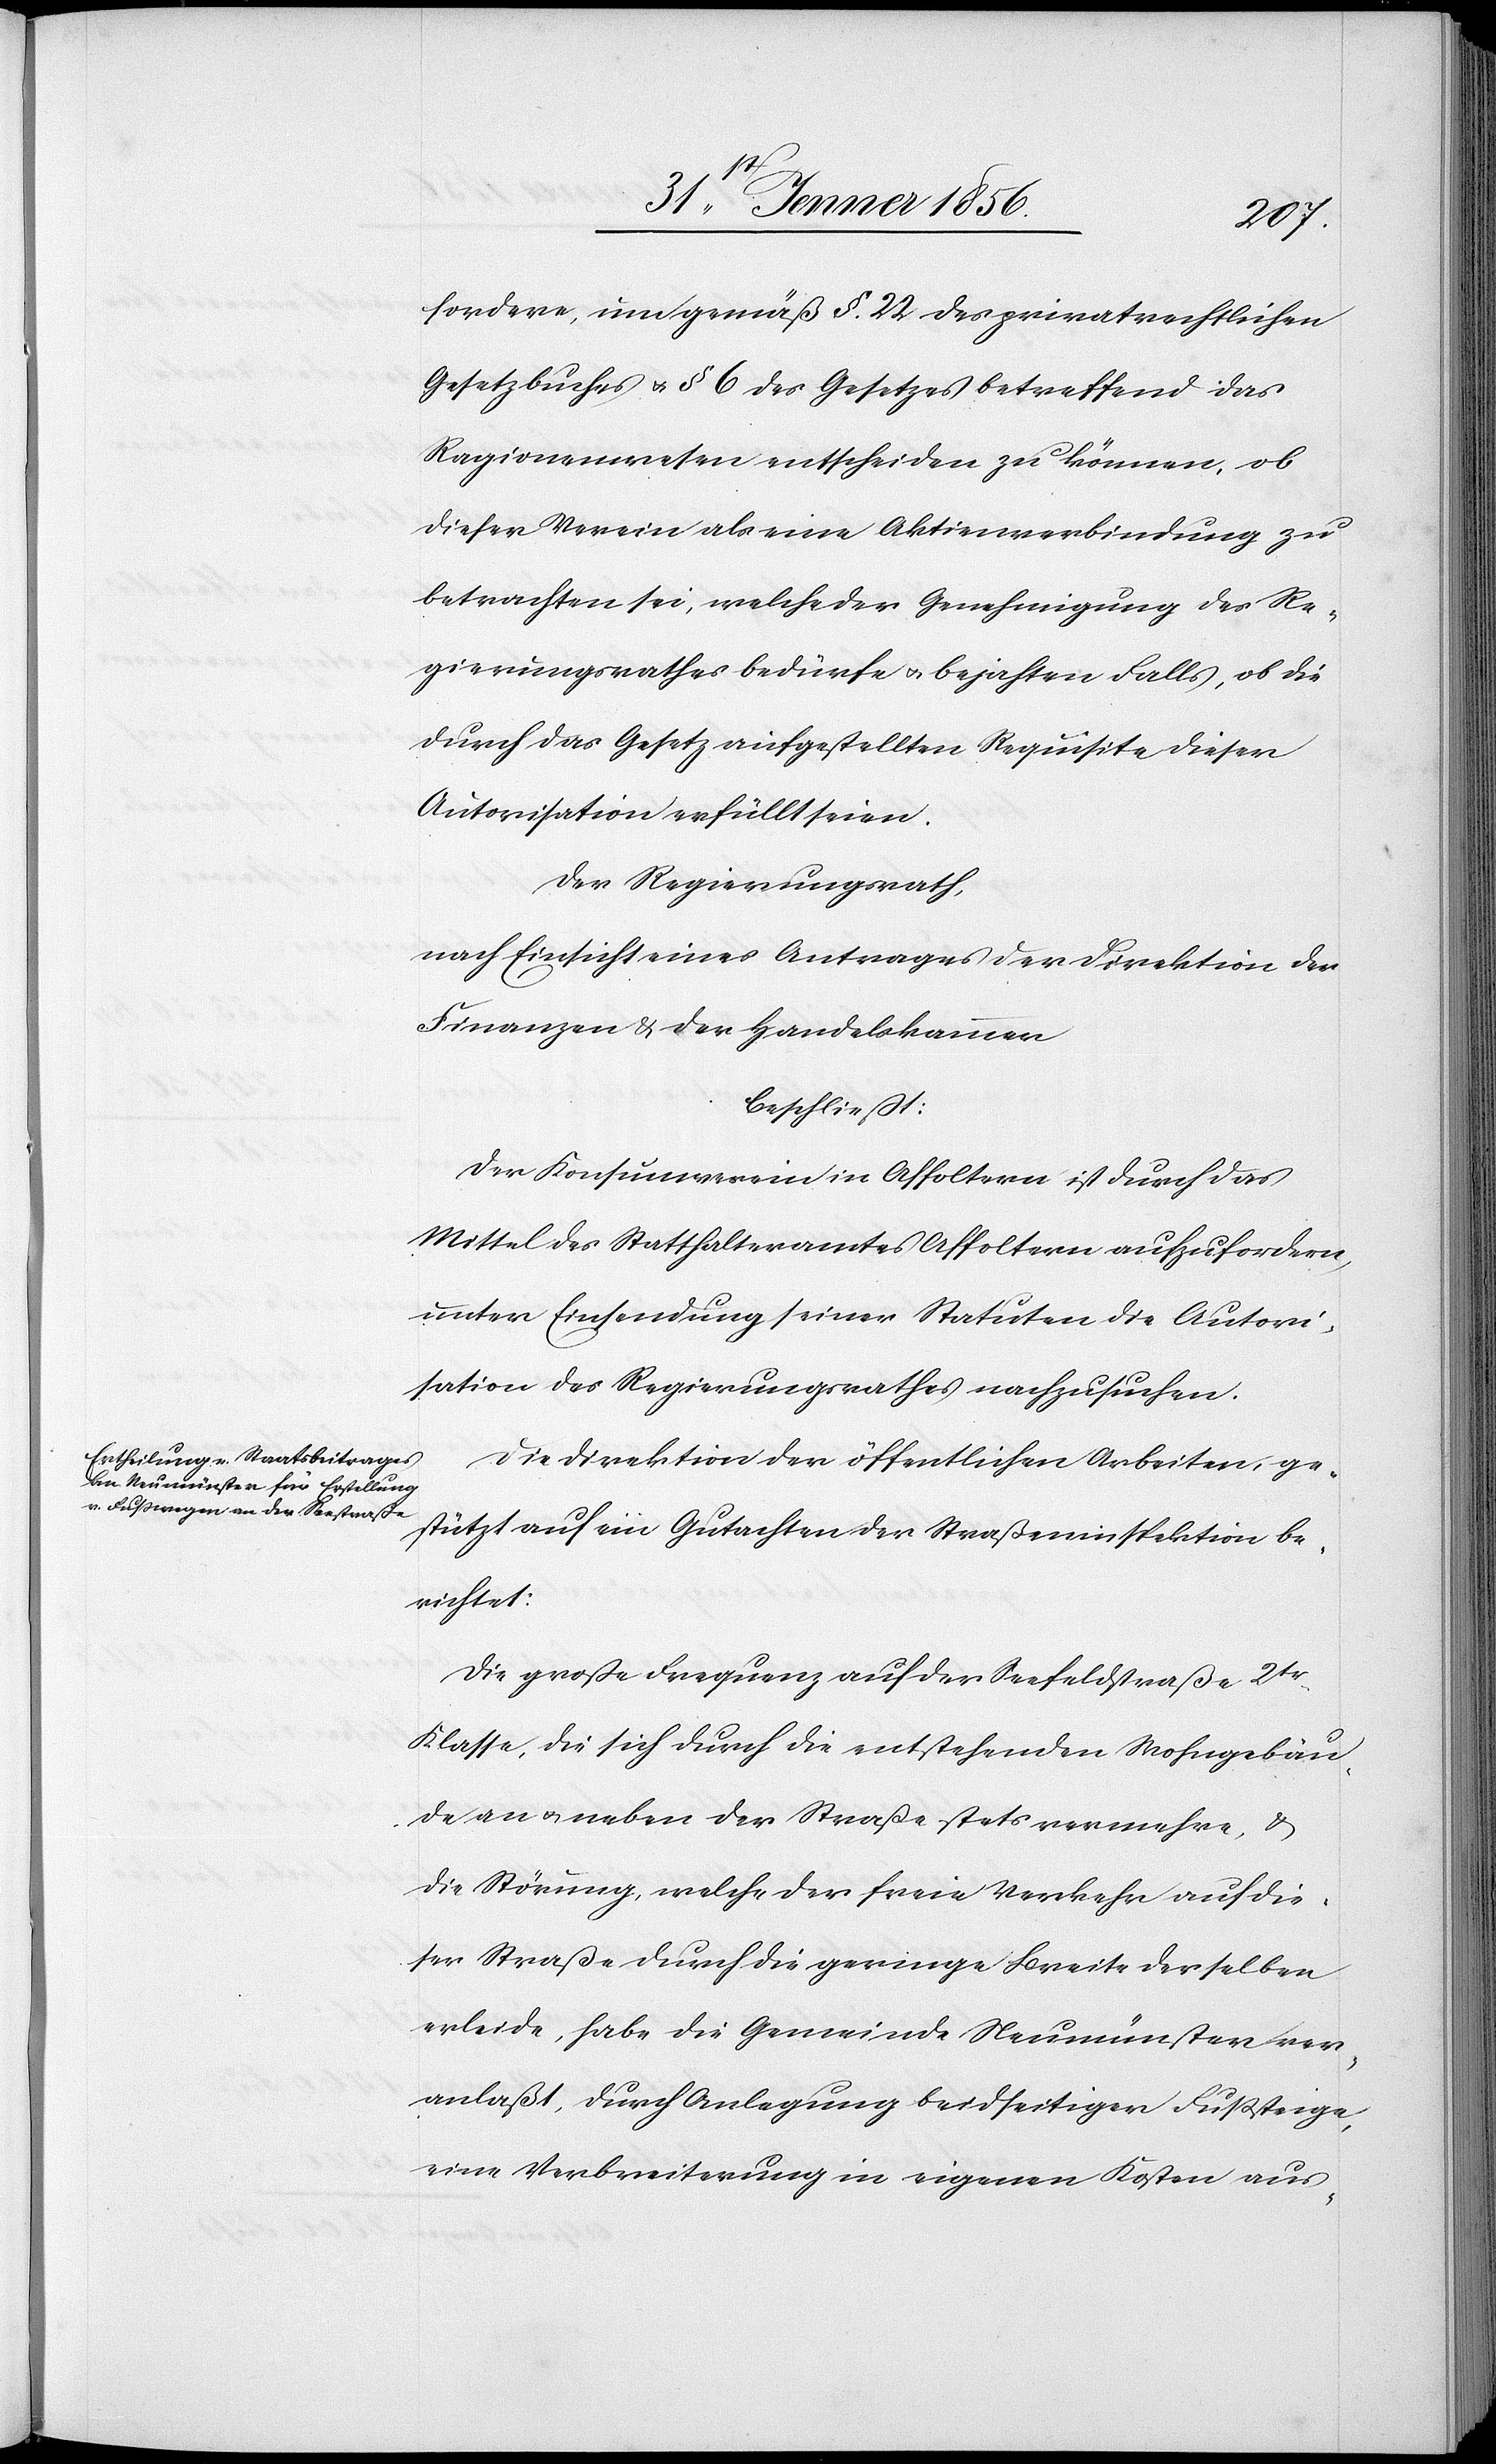
fordere, um gemäß §. 22 des privatrechtlichen
Gesetzbuches u. § 6 des Gesetzes betreffend das
Ragionenwesen entscheiden zu können, ob
dieser Verein als eine Aktienverbindung zu
betrachten sei, welche der Genehmigung des Re¬
gierungsrathes bedürfe u. bejahten Falls, ob die
durch das Gesetz aufgestellten Requisite dieser
Autorisation erfüllt seien.
Der Regierungsrath,
nach Einsicht eines Antrages der Direktion der
Finanzen & der Handelskammer
beschließt:
Der Konsumverein in Affoltern ist durch das
Mittel des Statthalteramtes Affoltern aufzufordern,
unter Einsendung seiner Statuten die Autori¬
sation des Regierungsrathes nachzusuchen.
Die Direktion der öffentlichen Arbeiten, ge¬
stützt auf ein Gutachten der Straßeninspektion be¬
richtet:
Die große Frequenz auf der Seefeldstraße 2tr
Klasse, die sich durch die entstehenden Wohngebäu¬
de an u. neben der Straße stets vermehre, &
die Störung, welche der freie Verkehr auf die¬
ser Straße durch die geringe Breite derselben
erleide, habe die Gemeinde Neumünster ver¬
anlaßt, durch Anlegung beidseitiger Fußsteige,
eine Verbreiterung in eigenen Kosten aus-